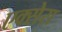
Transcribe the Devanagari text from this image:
एक्सेरा